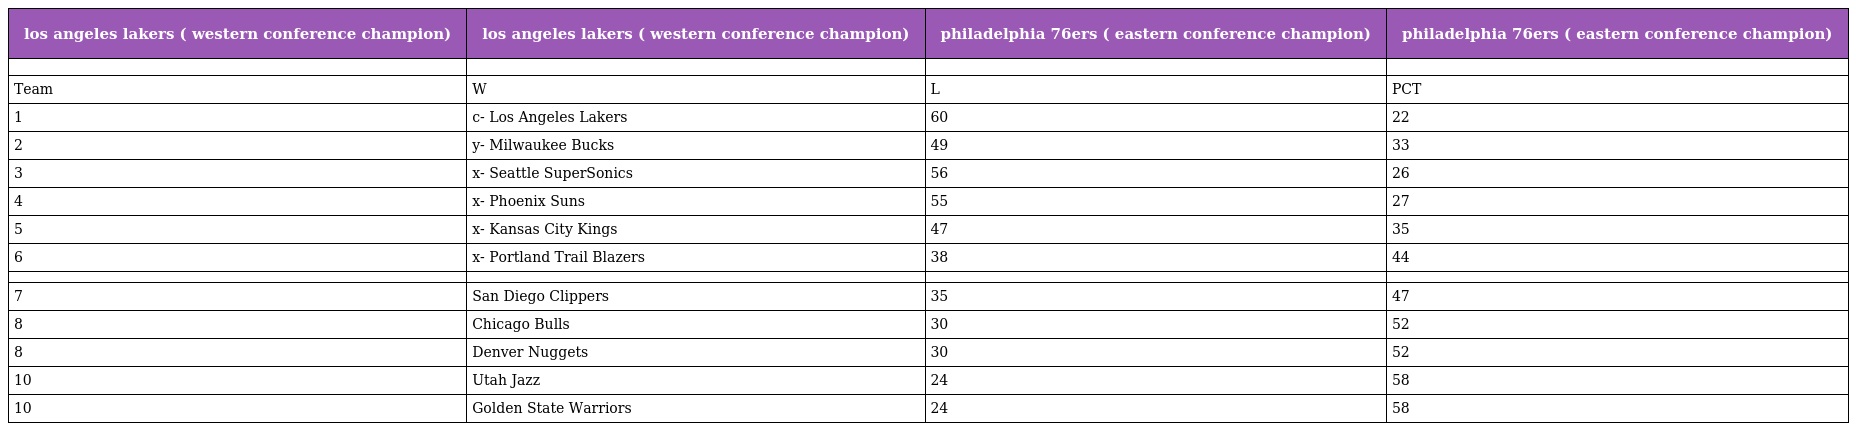
| los angeles lakers ( western conference champion) | los angeles lakers ( western conference champion) | philadelphia 76ers ( eastern conference champion) | philadelphia 76ers ( eastern conference champion) |
 | --- | --- | --- | --- |
 |  |  |  |  |
 | Team | W | L | PCT |
 | 1 | c- Los Angeles Lakers | 60 | 22 |
 | 2 | y- Milwaukee Bucks | 49 | 33 |
 | 3 | x- Seattle SuperSonics | 56 | 26 |
 | 4 | x- Phoenix Suns | 55 | 27 |
 | 5 | x- Kansas City Kings | 47 | 35 |
 | 6 | x- Portland Trail Blazers | 38 | 44 |
 |  |  |  |  |
 | 7 | San Diego Clippers | 35 | 47 |
 | 8 | Chicago Bulls | 30 | 52 |
 | 8 | Denver Nuggets | 30 | 52 |
 | 10 | Utah Jazz | 24 | 58 |
 | 10 | Golden State Warriors | 24 | 58 |